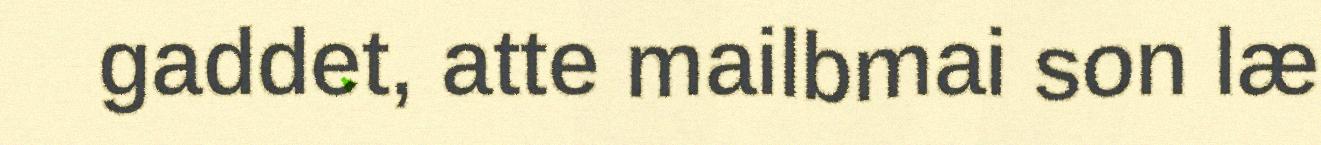
gaddet, atte mailbmai son læ